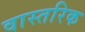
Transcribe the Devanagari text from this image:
वास्तरिक